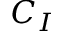
C _ { I }